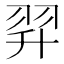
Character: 𦐒